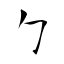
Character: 勹